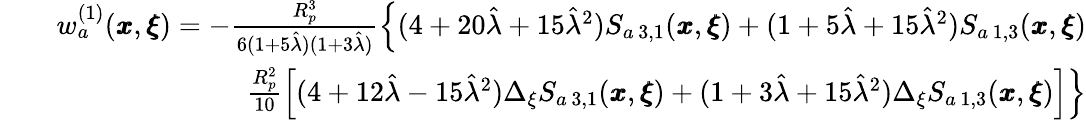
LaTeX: \begin{array}{rlr}&{}&{w_{a}^{(1)}({\pmb x},{\pmb\xi})=-\frac{R_{p}^{3}}{6(1+5\hat{\lambda})(1+3\hat{\lambda})}\left\{ (4+20\hat{\lambda}+15\hat{\lambda}^{2})S_{a\, 3,1}({\pmb x},{\pmb\xi})+(1+5\hat{\lambda}+15\hat{\lambda}^{2})S_{a\, 1,3}({\pmb x},{\pmb\xi})\right.}\\ &{}&{\left.\frac{R_{p}^{2}}{10}\left[(4+12\hat{\lambda}-15\hat{\lambda}^{2})\Delta_{\xi}S_{a\, 3,1}({\pmb x},{\pmb\xi})+(1+3\hat{\lambda}+15\hat{\lambda}^{2})\Delta_{\xi}S_{a\, 1,3}({\pmb x},{\pmb\xi})\right]\right\} }\end{array}